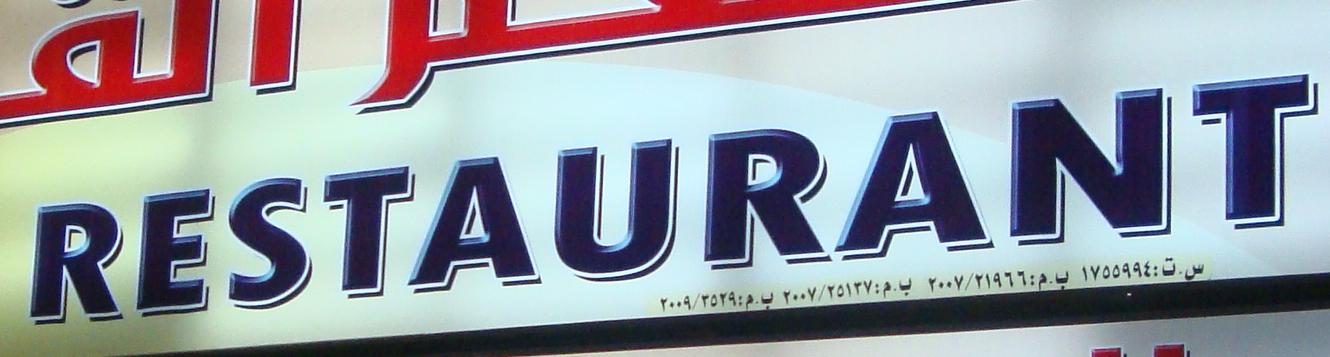
restaurant